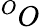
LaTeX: ^OO